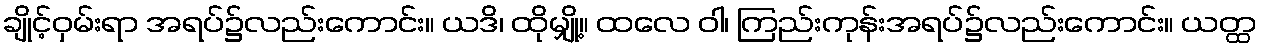
ချိုင့်ဝှမ်းရာ အရပ်၌လည်းကောင်း။ ယဒိ၊ ထိုမျှို့။ ထလေ ဝါ၊ ကြည်းကုန်းအရပ်၌လည်းကောင်း။ ယတ္ထ